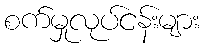
စက်မှုလုပ်ငန်းများ